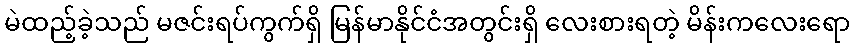
မဲထည့်ခဲ့သည် မဇင်းရပ်ကွက်ရှိ မြန်မာနိုင်ငံအတွင်းရှိ လေးစားရတဲ့ မိန်းကလေးရော